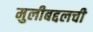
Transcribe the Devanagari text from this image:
मुलीबद्दलची